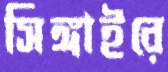
সিঙ্গাইরে